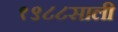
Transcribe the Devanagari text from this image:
१९८८साली